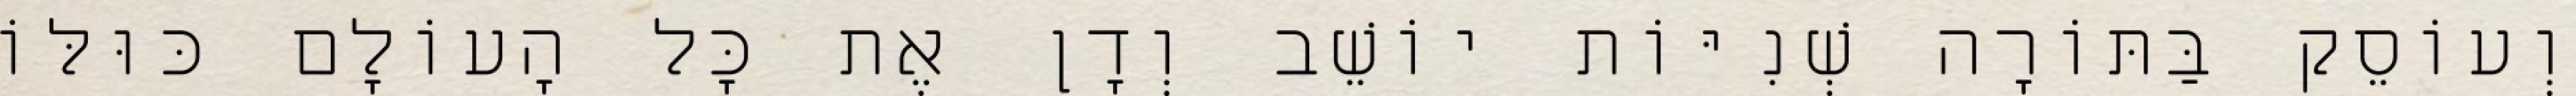
וְעוֹסֵק בַּתּוֹרָה שְׁנִיּוֹת יוֹשֵׁב וְדָן אֶת כָּל הָעוֹלָם כּוּלּוֹ